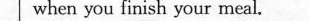
when you finish your meal.